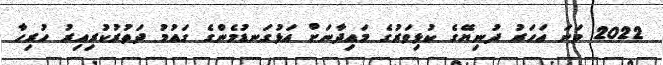
2022 ވަނަ އަހަރު ދުނިޔޭގެ ކުޅިވަރުގެ މައިދާނަށް އަޅުގަނޑުމެންގެ ގައުމު ދަތުރުކުރިއިރު ހުރިހާ